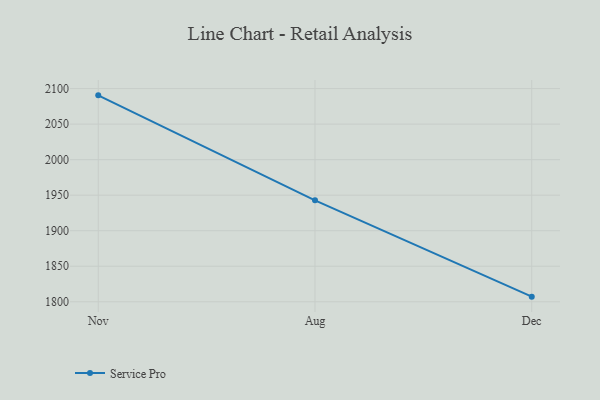
{"axis": {"x": "Month", "y": "Budget (USD K)"}, "legend": ["Service Pro"], "data": [{"x": "Nov", "y": 2090.5, "type": "Service Pro"}, {"x": "Aug", "y": 1942.7, "type": "Service Pro"}, {"x": "Dec", "y": 1807.2, "type": "Service Pro"}]}